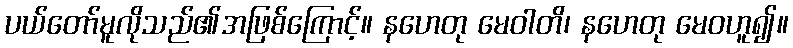
ပယ်တော်မူလိုသည်၏အဖြစ်ကြောင့်။ နဟေတု မေဝါတိ၊ နဟေတု မေဝဟူ၍။